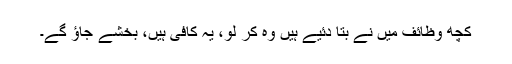
کچھ وظائف میں نے بتا دئیے ہیں وہ کر لو، یہ کافی ہیں، بخشے جاؤ گے۔